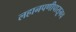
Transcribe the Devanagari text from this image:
लहानपणीपासूनच